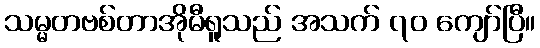
သမ္မတဗစ်တာအိုမီရူသည် အသက် ၇၀ ကျော်ပြီ။